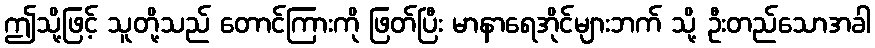
ဤသို့ဖြင့် သူတို့သည် တောင်ကြားကို ဖြတ်ပြီး မာနာရေအိုင်များဘက် သို့ ဦးတည်သောအခါ